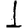
Digit: 1